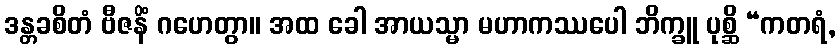
ဒန္တခစိတံ ဗီဇနိံ ဂဟေတွာ။ အထ ခေါ အာယသ္မာ မဟာကဿပေါ ဘိက္ခူ ပုစ္ဆိ “ကတရံ,